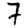
Digit: 7